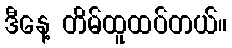
ဒီနေ့ တိမ်ထူထပ်တယ်။